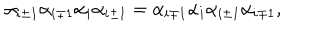
\alpha _ { i \pm 1 } \alpha _ { i \mp 1 } \alpha _ { i } \alpha _ { i \pm 1 } = \alpha _ { i \mp 1 } \alpha _ { i } \alpha _ { i \pm 1 } \alpha _ { i \mp 1 } ,